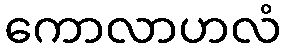
ကောလာဟလံ